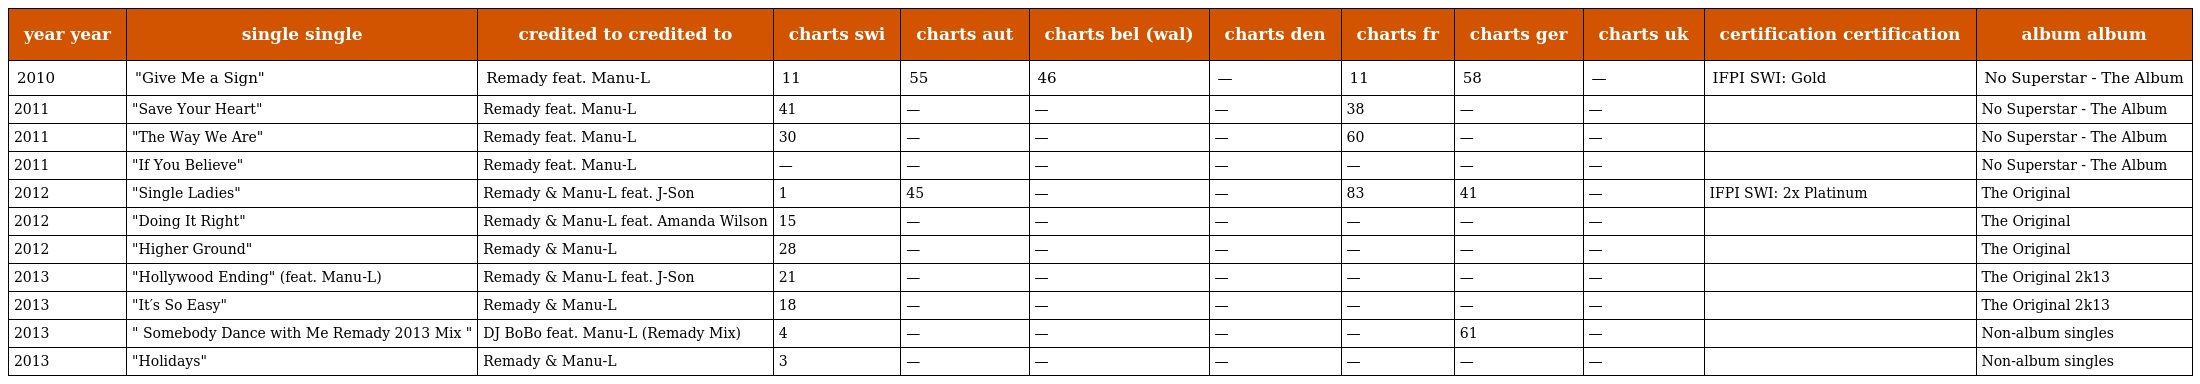
| year year | single single | credited to credited to | charts swi | charts aut | charts bel (wal) | charts den | charts fr | charts ger | charts uk | certification certification | album album |
 | --- | --- | --- | --- | --- | --- | --- | --- | --- | --- | --- | --- |
 | 2010 | "Give Me a Sign" | Remady feat. Manu-L | 11 | 55 | 46 | — | 11 | 58 | — | IFPI SWI: Gold | No Superstar - The Album |
 | 2011 | "Save Your Heart" | Remady feat. Manu-L | 41 | — | — | — | 38 | — | — |  | No Superstar - The Album |
 | 2011 | "The Way We Are" | Remady feat. Manu-L | 30 | — | — | — | 60 | — | — |  | No Superstar - The Album |
 | 2011 | "If You Believe" | Remady feat. Manu-L | — | — | — | — | — | — | — |  | No Superstar - The Album |
 | 2012 | "Single Ladies" | Remady & Manu-L feat. J-Son | 1 | 45 | — | — | 83 | 41 | — | IFPI SWI: 2x Platinum | The Original |
 | 2012 | "Doing It Right" | Remady & Manu-L feat. Amanda Wilson | 15 | — | — | — | — | — | — |  | The Original |
 | 2012 | "Higher Ground" | Remady & Manu-L | 28 | — | — | — | — | — | — |  | The Original |
 | 2013 | "Hollywood Ending" (feat. Manu-L) | Remady & Manu-L feat. J-Son | 21 | — | — | — | — | — | — |  | The Original 2k13 |
 | 2013 | "It′s So Easy" | Remady & Manu-L | 18 | — | — | — | — | — | — |  | The Original 2k13 |
 | 2013 | " Somebody Dance with Me Remady 2013 Mix " | DJ BoBo feat. Manu-L (Remady Mix) | 4 | — | — | — | — | 61 | — |  | Non-album singles |
 | 2013 | "Holidays" | Remady & Manu-L | 3 | — | — | — | — | — | — |  | Non-album singles |